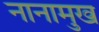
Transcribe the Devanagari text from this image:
नानामुख